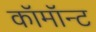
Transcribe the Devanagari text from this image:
कॉमॉन्ट